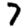
Digit: 7